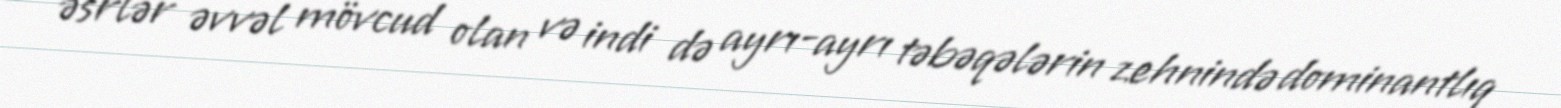
əsrlər əvvəl mövcud olan və indi də ayrı-ayrı təbəqələrin zehnində dominantlıq